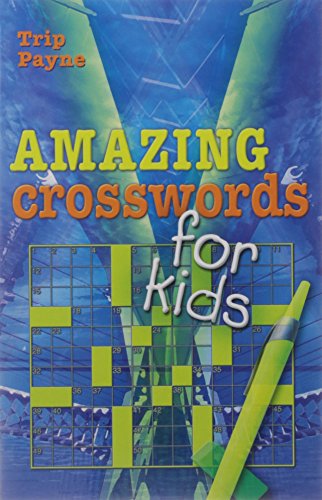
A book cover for Amazing Crosswords for Kids (Mensa); Trip Payne; Humor & Entertainment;